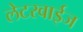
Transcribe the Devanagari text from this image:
लेटरवाईज